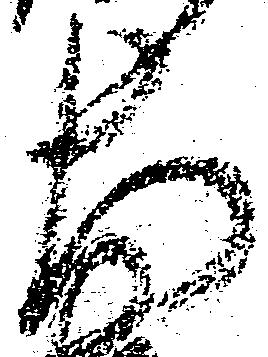
大